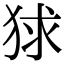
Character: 𤞰